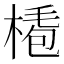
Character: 𣖏